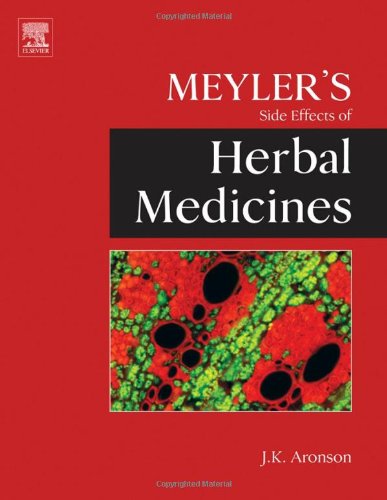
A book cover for Meyler's Side Effects of Herbal Medicines; Science & Math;